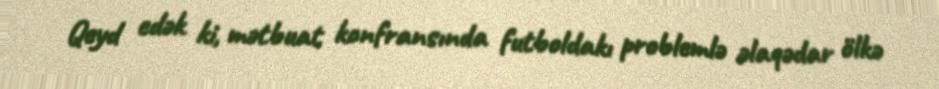
Qeyd edək ki, mətbuat konfransında futboldakı problemlə əlaqədar ölkə